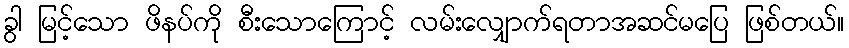
ခွါ မြင့်သော ဖိနပ်ကို စီးသောကြောင့် လမ်းလျှောက်ရတာအဆင်မပြေ ဖြစ်တယ်။